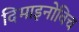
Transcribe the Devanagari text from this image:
दिमाइनोविच